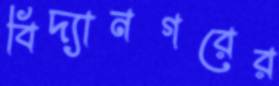
বিদ্যানগরের